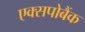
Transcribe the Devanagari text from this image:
एक्सपोबैंक